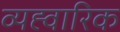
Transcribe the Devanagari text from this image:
व्यह्वारिक